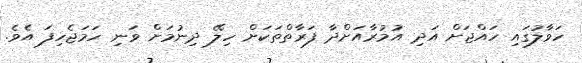
ހަވާލުގައި ހައްޖަށް އަދި އުމުރާއަށްދާ ފަރާތްތަކަށް ހިލޭ ދިނުމަށް ވަނި ހަމަޖެހިފަ އެވެ.